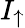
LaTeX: I_{\uparrow}